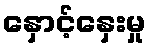
နှောင့်နှေးမှု